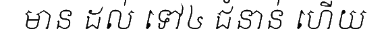
មាន ដល់ ទៅ៤ ជំនាន់ ហើយ